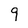
Character: 9